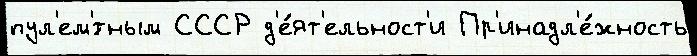
пул'ем'́тным СССР д'е́ят'ельност'и Пр'инадл'е́жность